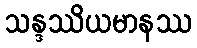
သန္ဒဿိယမာနဿ